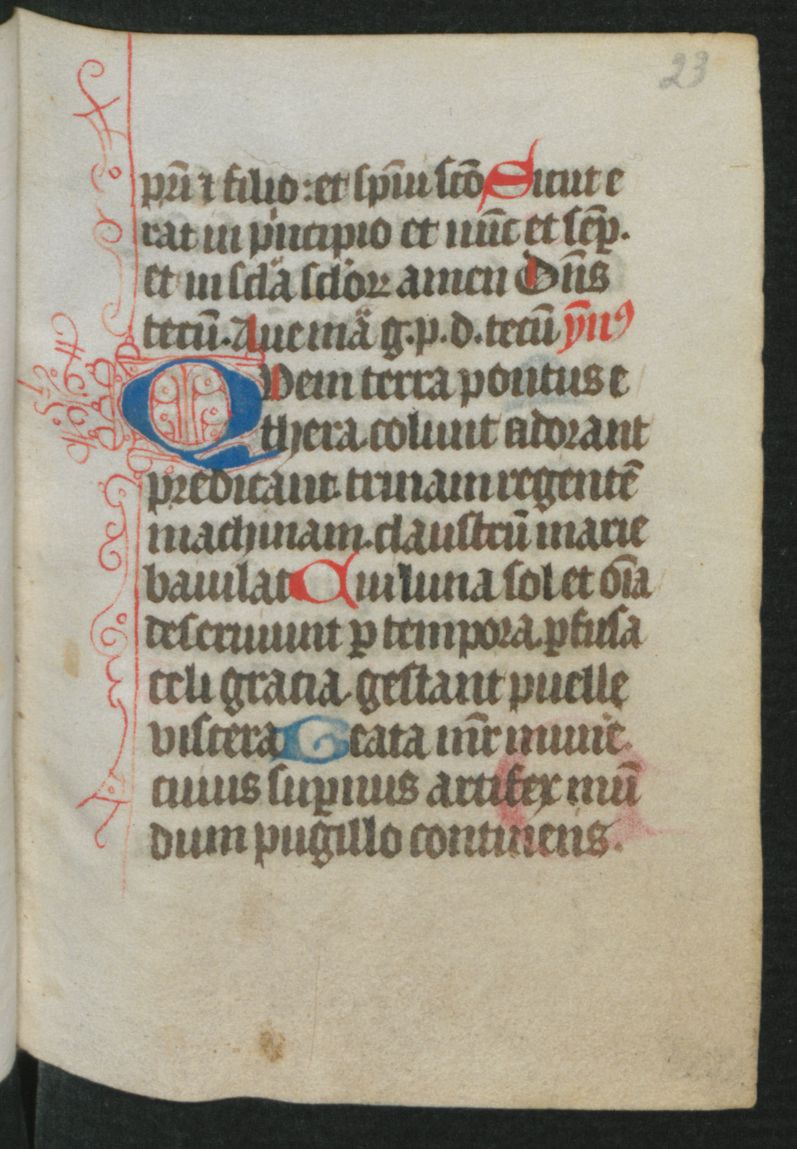
Shelfmark: Berlin, Staatsbibliothek, Hdschr. 25
Century: 15